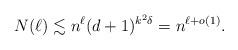
LaTeX: \begin{align*} N(\ell) \lesssim n^\ell (d+1)^{k^2\delta_{}} = n^{\ell + o(1)}.\end{align*}